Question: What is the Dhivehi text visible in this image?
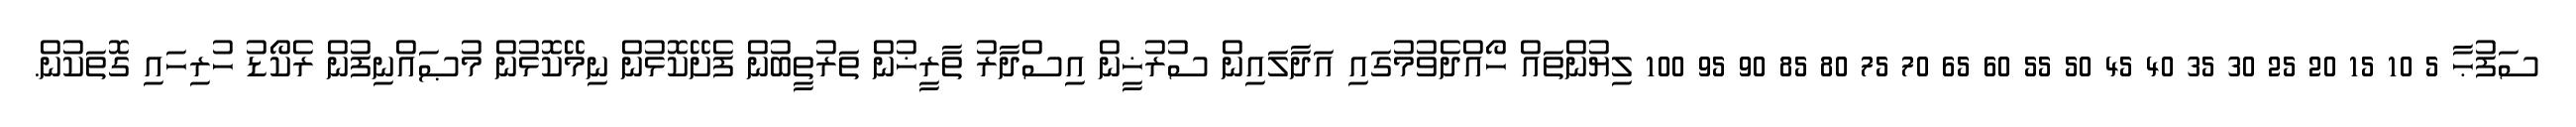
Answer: ސަފުޙާ 5 10 15 20 25 30 35 40 45 50 55 60 65 70 75 80 85 90 95 100 ލިޔުންތައް ހޯއްދެވުމުގައި އަދާލައިން ސުރުޚީން އިސްދާރު ތާރީޚުން ތަރުތީބުން ފެށޭކޮޅުން ނިމޭކޮޅުން މުޞައްނިފުން ރެކޯޑު ހުރިހައި ގޮތަކުން.